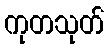
ကုတသုတ်